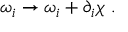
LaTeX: \omega _ { i } \rightarrow \omega _ { i } + \partial _ { i } \chi \ .